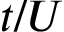
t / U